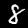
Label: 8